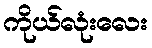
ကိုယ်လုံးလေး